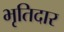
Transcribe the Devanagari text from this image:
भृतिदार